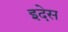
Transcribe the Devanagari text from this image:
इदेस